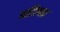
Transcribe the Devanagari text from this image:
पाहिलास